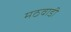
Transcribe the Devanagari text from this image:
मठवाडी